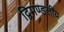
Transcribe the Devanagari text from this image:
द्विमण्डलीय